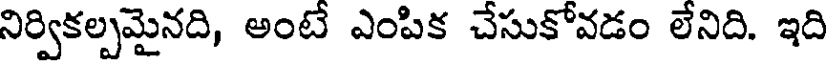
నిర్వికల్పమైనది, అంటే ఎంపిక చేసుకోవడం లేనిది. ఇది